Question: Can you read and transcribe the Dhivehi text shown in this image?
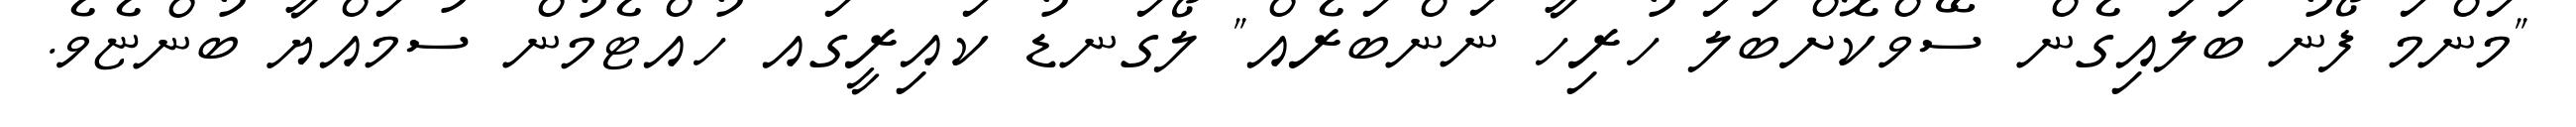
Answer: "މަންމަ ފޯނު ބަލައިގެން ސޭވްކޮށްބަލަ ހުރިހާ ނަންބަރެއް" ލޯގަނޑު ކައިރީގައ ހުއްޓެމުން ސުމައްޔާ ބުންޏެވެ.